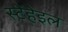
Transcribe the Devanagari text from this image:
स्टेंहेइल